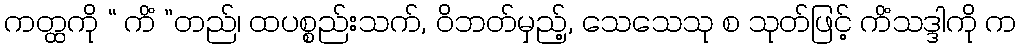
ကတ္ထကို “ ကိံ ”တည်၊ ထပစ္စည်းသက်, ဝိဘတ်မှည့်, သေသေသု စ သုတ်ဖြင့် ကိံသဒ္ဒါကို က